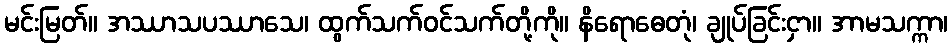
မင်းမြတ်။ အဿာသပဿာသေ၊ ထွက်သက်ဝင်သက်တို့ကို။ နိရောဓေတုံ၊ ချုပ်ခြင်းငှာ။ အာမသက္ကာ၊